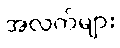
အလက်များ